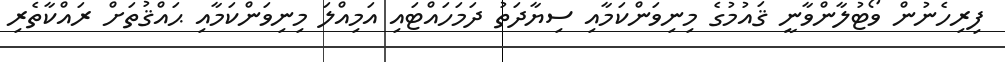
ފިރިހެނުން ވޯޓުލާންވާނީ ޤައުމުގެ މިނިވަންކަމާއި ސިޔާދަތު ދަމަހައްޓައި އަމިއްލަ މިނިވަންކަމާއި ޙައްޤުތަށް ރައްކާތެރި